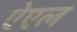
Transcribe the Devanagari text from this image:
ऐएल